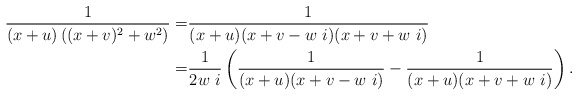
\begin{align*}\frac{1}{(x+u)\left((x+v)^2+w^2\right)}=&\frac{1}{(x+u)(x+v-w~i)(x+v+w~i)}\\=&\frac {1}{2w~i}\left(\frac{1}{(x+u)(x+v-w~i)}-\frac{1}{(x+u)(x+v+w~i)}\right).\end{align*}